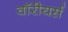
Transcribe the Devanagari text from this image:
वॉरीयर्स